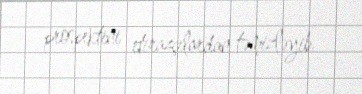
prospektini etirazçılardan təmizləyib.